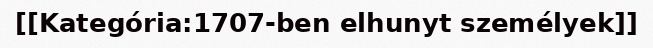
[[Kategória:1707-ben elhunyt személyek]]